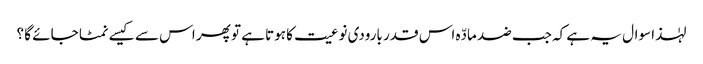
لہٰذا سوال یہ ہے کہ جب ضد مادّہ اس قدر بارودی نوعیت کا ہوتا ہے تو پھر اس سے کیسے نمٹا جائے گا ؟